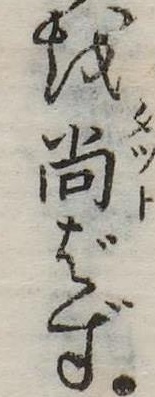
を尚ばず